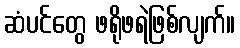
ဆံပင်တွေ ဖရိုဖရဲဖြစ်လျက်။